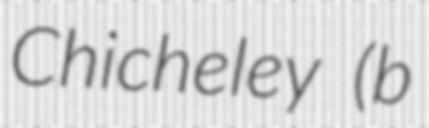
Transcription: Chicheley (b